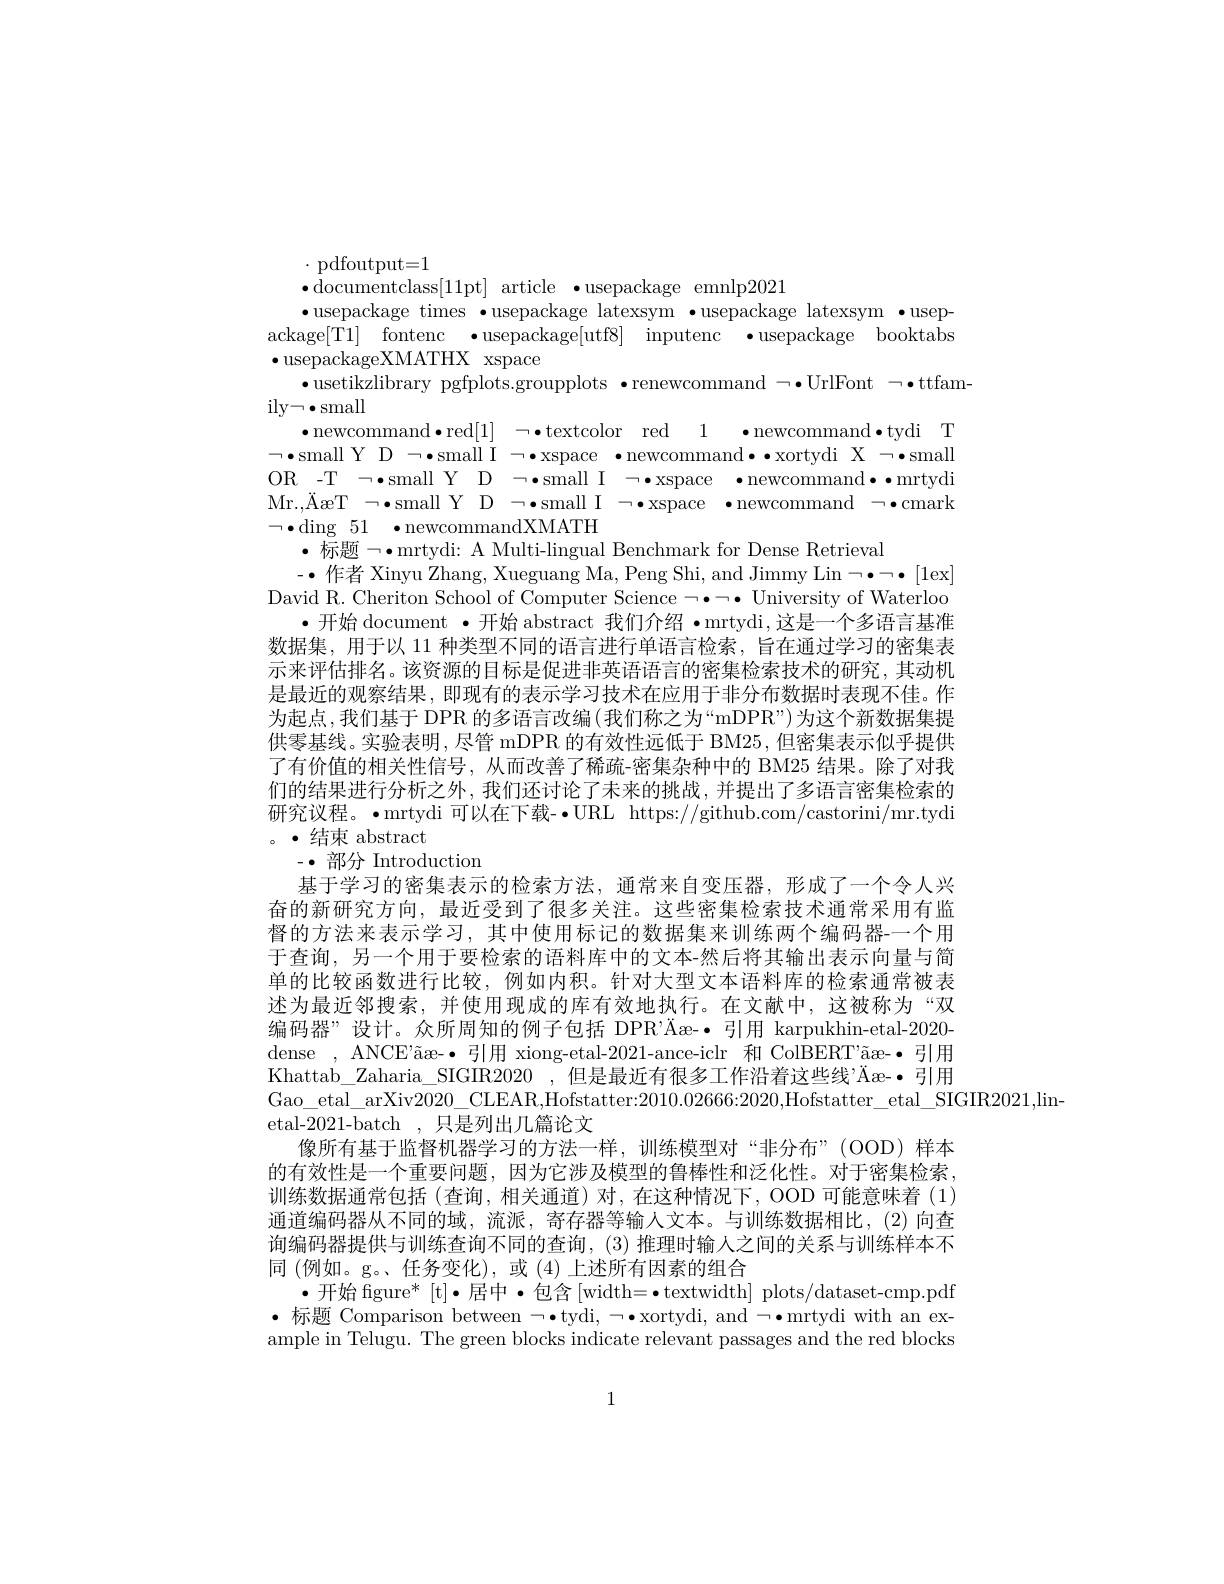
$\cdot$ pdfoutput=1
$\bullet$documentclass[11pt] article $\bullet$usepackage emnlp2021
$\bullet$usepackage times$\bullet$usepackage latexsym$\bullet$usepackage latexsym$\bullet$usepackage[T1] fontenc $\bullet$usepackage[utf8] inputenc $\bullet$usepackage booktabs $\bullet$usepackageXMATHX xspace
$\bullet$usetikzlibrary pgfplots.groupplots $\bullet$renewcommand$\neg\bullet$UrlFont$\neg\bullet$ttfam-
ily$\neg \bullet$small
$\bullet$newcommand$\bullet$red[1] $\neg \bullet$textcolor red 1 $\bullet$newcommand$\bullet$tydi T $\bullet$small Y D $\rightarrow \bullet$small I $\neg \bullet$xspace $\bullet$newcommand$\bullet \bullet$xortydi X $\neg \bullet$small OR - T $\neg \bullet$small Y D $\neg \bullet$small I $\neg \bullet$space $\bullet$newcommand$\bullet \bullet$mrtydi Mr. , $\ddot{A}$xT $\neg \bullet$small Y D $\neg \bullet$s
·标题$\neg\bullet$mrtydi: A Multi-lingual Benchmark for Dense Retrieval
$-\bullet$作者 Xinyu Zhang, Xueguang Ma, Peng Shi, and Jimmy Lin$\neg\bullet\neg\bullet[1$ex] David R. Cheriton School of Computer Science $\neg\bullet\neg\bullet$ University of Waterloo
·开始 document ·开始 abstract 我们介绍·mrtydi,这是一个多语言基准数据集，用于以 11 种类型不同的语言进行单语言检索，旨在通过学习的密集表示来评估排名。该资源的目标是促进非英语语言的密集检索技术的研究，其动机是最近的观察结果，即现有的表示学习技术在应用于非分布数据时表现不佳。作为起点，我们基于 DPR 的多语言改编(我们称之为“mDPR”)为这个新数据集提供零基线。实验表明，尽管 mDPR 的有效性远低于 BM25, 但密集表示似乎提供了有价值的相关性信号，从而改善了稀疏-密集杂种中的 BM25 结果。除了对我们的结果进行分析之外，我们还讨论了未来的挑战，并提出了多语言密集检索的研究议程。·mrtydi 可以在下载-·URL https://github.com/castorini/mr.tydi 。·结束 abstract
$-\bullet$部分 Introduction
基于学习的密集表示的检索方法，通常来自变压器，形成了一个令人兴奋的新研究方向，最近受到了很多关注。这些密集检索技术通常采用有监督的方法来表示学习，其中使用标记的数据集来训练两个编码器-一个用于查询，另一个用于要检索的语料库中的文本-然后将其输出表示向量与简单的比较函数进行比较，例如内积。针对大型文本语料库的检索通常被表述为最近邻搜索，并使用现成的库有效地执行。在文献中，这被称为“双编码器”设计。众所周知的例子包括 DPR’Äæ-·引用 karpukhin-etal-2020- dense , ANCE'ãæ-·引用 xiong-etal-2021-ance-iclr 和 ColBERT"ãæ-·引用Khattab\_Zaharia\_SIGIR2020,但是最近有很多工作沿着这些线’Äæ-·引用Gao\_etal\_arXiv$2020\_$CLEAR,Hofstatter:2010.02666:2020,Hofstatter\_etal\_SIGIR2021,lin-
etal-2021-batch,只是列出几篇论文
像所有基于监督机器学习的方法一样，训练模型对“非分布”(OOD)样本的有效性是一个重要问题，因为它涉及模型的鲁棒性和泛化性。对于密集检索， 训练数据通常包括 (查询，相关通道) 对，在这种情况下，OOD 可能意味着 (1) 通道编码器从不同的域，流派，寄存器等输入文本。与训练数据相比，(2)向查询编码器提供与训练查询不同的查询，(3) 推理时输人之间的关系与训练样本不同 (例如。g。、任务变化),或 (4)上述所有因素的组合
$\bullet$开始 figure* [t]·居中·包含 [width=·textwidth] plots/dataset-cmp.pdf ·标题 Comparison between $\neg\bullet$tydi, $\neg\bullet$xortydi, and $\neg\bullet$mrtydi with an example in Telugu. The green blocks indicate relevant passages and the red blocks

1